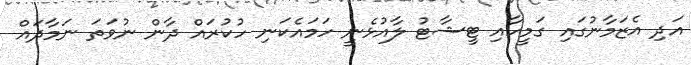
އަދި އެޒަމާނުގައި ގަމީހާއި ޓީޝާޓު ލާއުޅެނީ ހަމައެކަނި ހުކުރައް ދާން ނުވަތަ ނަމާދައް